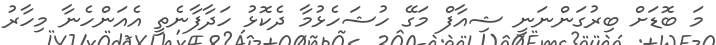
މަ ބޮޑަށް ބިރުގަންނަނީ ޝިއާފް މަގޭ ހުޝަހެޅުމާ ދެކޮޅު ހަދާފާނެތީ އެއަންހެނާ މިހާރު